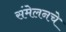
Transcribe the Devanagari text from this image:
संमेलनचे